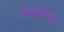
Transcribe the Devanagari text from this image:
बाणाईचा